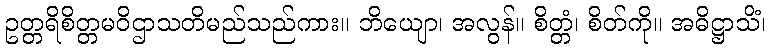
ဥတ္တရိစိတ္တမဝိဌာသတိမည်သည်ကား။ ဘိယျော၊ အလွန်။ စိတ္တံ၊ စိတ်ကို။ အဓိဋ္ဌာသိံ၊